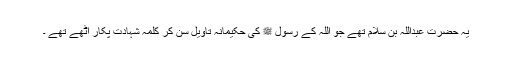
یہ حضرت عبداللہ بن سلام تھے جو اللہ کے رسول ﷺ کی حکیمانہ تاویل سن کر کلمہ شہادت پکار اٹھے تھے ۔